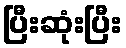
ပြီးဆုံးပြီး